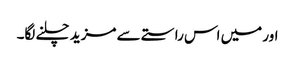
اور میں اس راستے سے مزید چلنے لگا۔